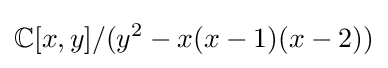
\mathbb {C} [x,y]/(y^{2}-x(x-1)(x-2))